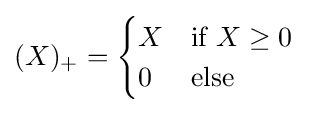
(X)_{+}={\begin{cases}X&{\text{if }}X\geq 0\\0&{\text{else}}\end{cases}}